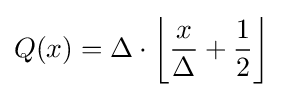
Q(x)=\Delta \cdot \left\lfloor {\frac {x}{\Delta }}+{\frac {1}{2}}\right\rfloor